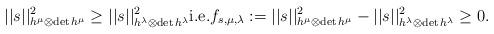
LaTeX: \begin{align*} ||s||^2_{h^\mu\otimes\mathrm{det}\,h^\mu}\geq||s||^2_{h^\lambda\otimes\mathrm{det}\,h^\lambda} \mathrm{i.e.} f_{s,\mu,\lambda}:=||s||^2_{h^\mu\otimes\mathrm{det}\,h^\mu}-||s||^2_{h^\lambda\otimes\mathrm{det}\,h^\lambda}\geq0. \end{align*}